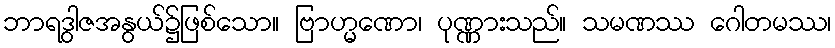
ဘာရဒွါဇအနွယ်၌ဖြစ်သော။ ဗြာဟ္မဏော၊ ပုဏ္ဏားသည်။ သမဏဿ ဂေါတမဿ၊